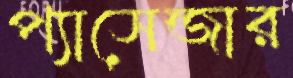
প্যাসেন্জার